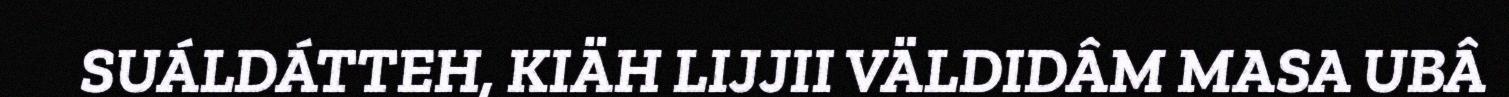
SUÁLDÁTTEH, KIÄH LIJJII VÄLDIDÂM MASA UBÂ